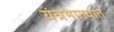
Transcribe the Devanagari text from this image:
यंत्रमानवात